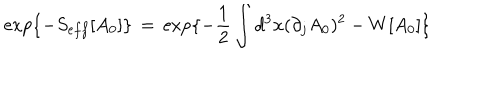
\exp \{ - S _ { e f f } [ A _ { 0 } ] \} \, = \, \exp \{ - \frac { 1 } { 2 } \int d ^ { 3 } x ( \partial _ { j } A _ { 0 } ) ^ { 2 } - W [ A _ { 0 } ] \}